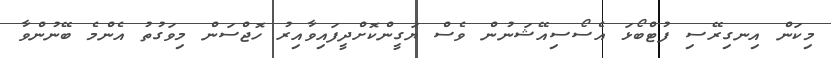
މިކަން އިނގިރޭސި ފުޓްބޯޅަ އެސޯސިއޭޝަނުން ވެސް ޔަގީންކޮށްދީފައިވާއިރު ހޮޖްސަން މިވަގުތު އެންމެ ބޭނުންވާ